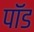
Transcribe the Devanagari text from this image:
पाॅॅड